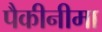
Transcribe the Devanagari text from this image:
पैकीनीमा